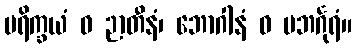
ပရိက္ခယံ ဝ ဉာတီနံ၊ ဘောဂါနံ ဝ ပဘင်္ဂုရံ။